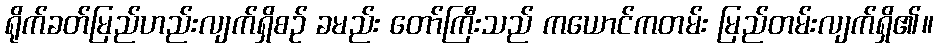
ရိုက်ခတ်မြည်ဟည်းလျက်ရှိစဉ် ခမည်း တော်ကြီးသည် ကယောင်ကတမ်း မြည်တမ်းလျက်ရှိ၏။